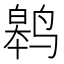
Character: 𬸢